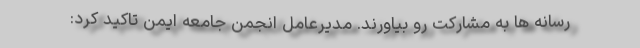
رسانه ها به مشارکت رو بیاورند. مدیرعامل انجمن جامعه ایمن تاکید کرد: